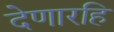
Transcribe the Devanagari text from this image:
देणारहि